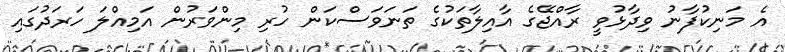
އެ މަނިކުފާނު ވިދާޅުވީ ރާއްޖޭގެ އާއިލާތަކުގެ ތަނަވަސްކަން ހުރި މިންވަރުން އަމިއްލަ ހަރަދުގައި